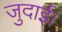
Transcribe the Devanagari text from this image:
जुदाई।